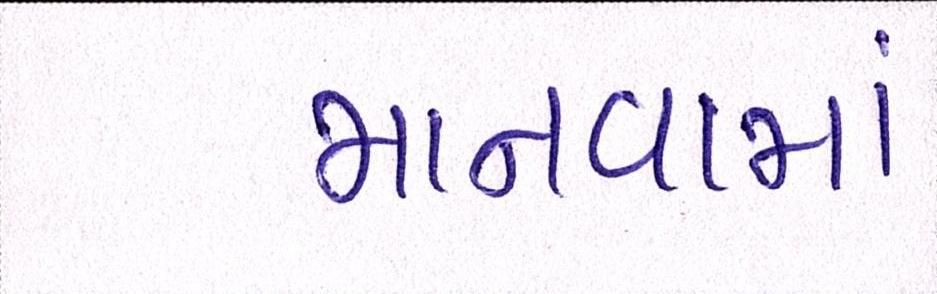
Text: માનવામાં